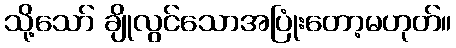
သို့သော် ချိုလွင်သောအပြုံးတော့မဟုတ်။